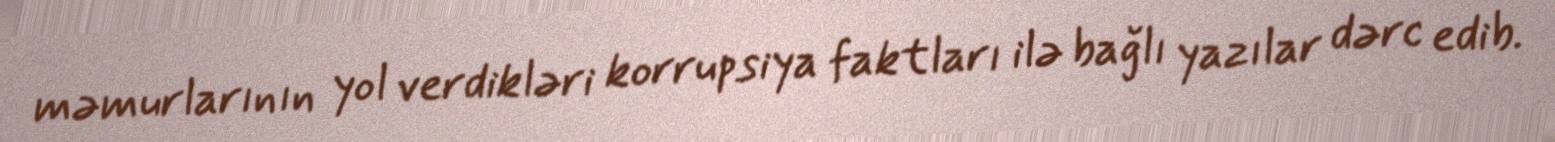
məmurlarının yol verdikləri korrupsiya faktları ilə bağlı yazılar dərc edib.